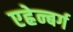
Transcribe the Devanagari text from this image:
एह्रेन्बर्ग